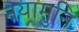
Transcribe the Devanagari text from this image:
नयामुनि